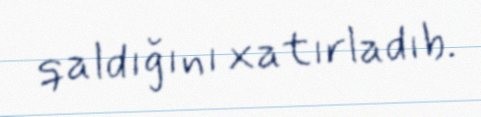
qaldığını xatırladıb.